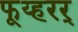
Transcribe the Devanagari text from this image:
फूय्हरर्